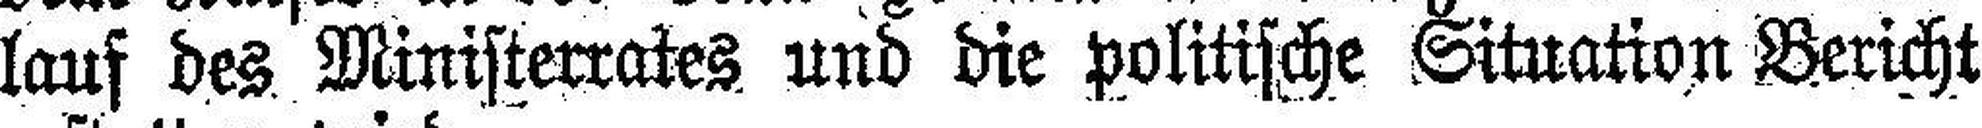
lauf des Ministerrates und die politische Situation Bericht